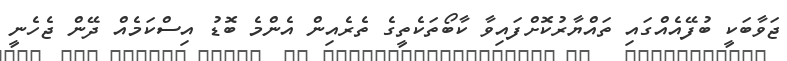
ޖަވާބަކީ ބުފޭއެއްގައި ތައްޔާރުކޮށްފައިވާ ކާބޯތަކެތީގެ ތެރެއިން އެންމެ ބޮޑު އިސްކަމެއް ދޭން ޖެހެނީ